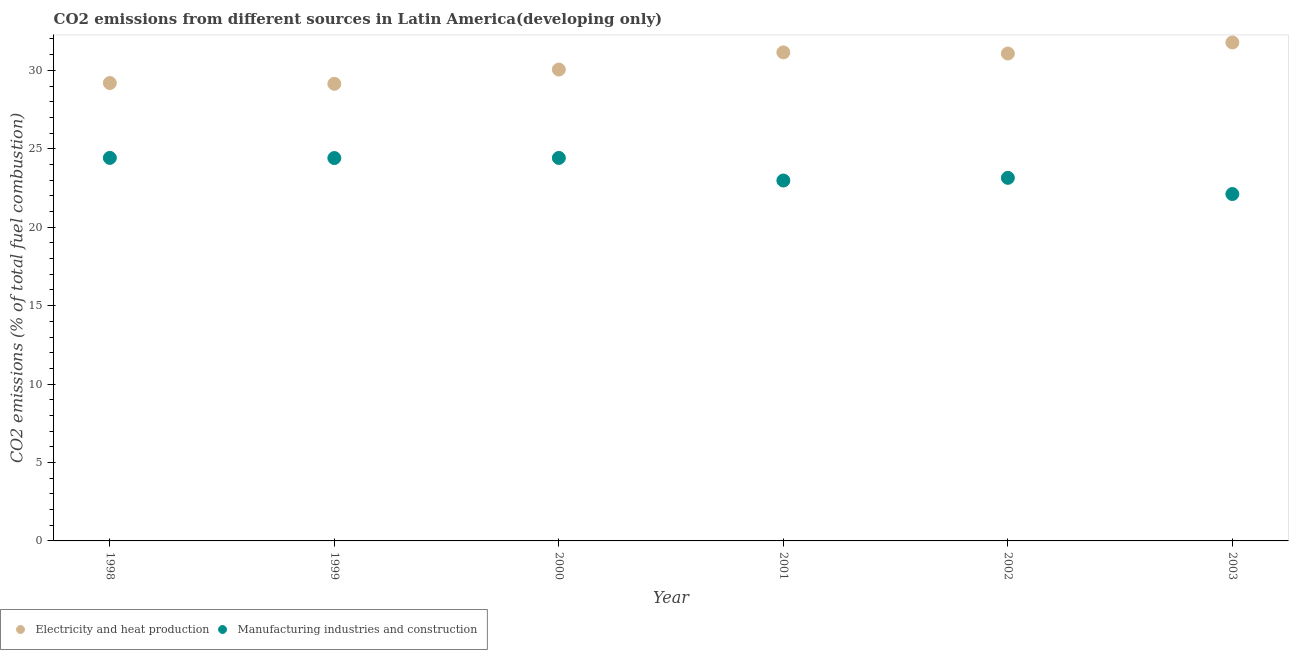
| Year | Electricity and heat production | Manufacturing industries and construction |
 | --- | --- | --- |
 | 1998 | 29.2 | 24.4 |
 | 1999 | 29.1 | 24.4 |
 | 2000 | 30 | 24.4 |
 | 2001 | 31.1 | 23 |
 | 2002 | 31.1 | 23.1 |
 | 2003 | 31.8 | 22.1 |